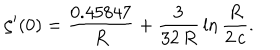
LaTeX: \zeta ^ { \prime } ( 0 ) = \frac { 0 . 4 5 8 4 7 } { R } + \frac { 3 } { 3 2 \, R } \, \ln \frac { R } { 2 \, c } .